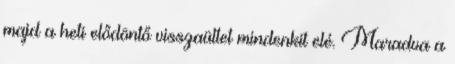
majd a heti elődöntő visszaültet mindenkit elé. Maradva a